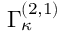
\Gamma _ { \kappa } ^ { ( 2 , 1 ) }